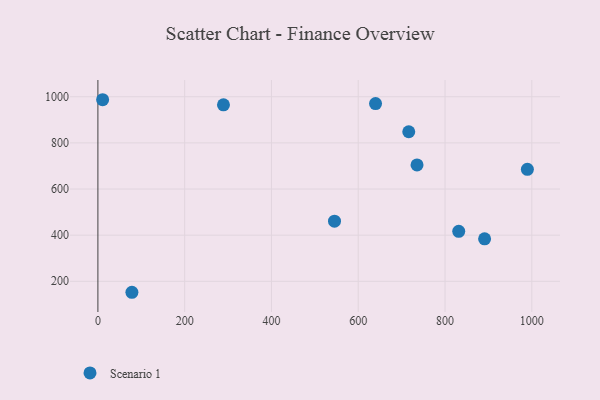
{"axis": {"x": "Engine Size", "y": "Sales"}, "legend": ["Scenario 1"], "data": [{"x": "78.4", "y": 152.4, "type": "Scenario 1"}, {"x": "989.8", "y": 685.4, "type": "Scenario 1"}, {"x": "891.2", "y": 384.3, "type": "Scenario 1"}, {"x": "716.4", "y": 848.2, "type": "Scenario 1"}, {"x": "10.9", "y": 987.1, "type": "Scenario 1"}, {"x": "545.3", "y": 460.8, "type": "Scenario 1"}, {"x": "639.9", "y": 970.6, "type": "Scenario 1"}, {"x": "735.5", "y": 704.6, "type": "Scenario 1"}, {"x": "831.6", "y": 416.8, "type": "Scenario 1"}, {"x": "289.4", "y": 964.9, "type": "Scenario 1"}]}